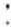
: